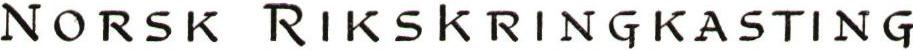
NORSK RIKSKRINGKASTING